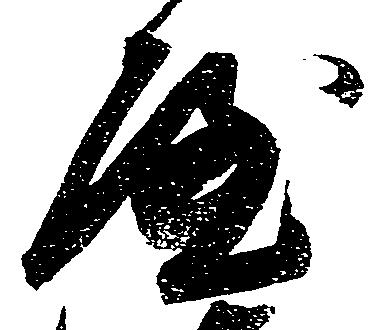
屋